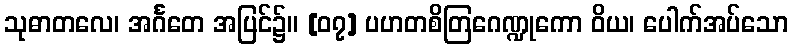
သုဓာတလေ၊ အင်္ဂတေ အပြင်၌။ [၀၇] ပဟတစိတြဂေဏ္ဍုကော ဝိယ၊ ပေါက်အပ်သော